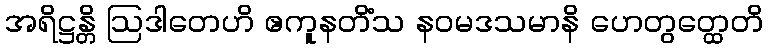
အရိဋ္ဌန္တိ ဩဒါတေဟိ ဧကူနတိံသ နဝမဒသမာနိ ဟေတွတ္ထေတိ